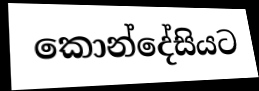
කොන්දේසියට